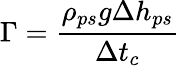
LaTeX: \Gamma=\frac{\rho_{ps}g\Delta h_{ps}}{\Delta t_{c}}